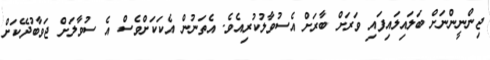
ޖިންނީންނަށް ބަލައިލައިފައި ވަރަށް ބާރަށް އެސުވާލުކުރިއެވެ. އެތަނުން އެކަކަށްވެސް އެ ސުވާލަށް ޖަވާބުދޭކަށް